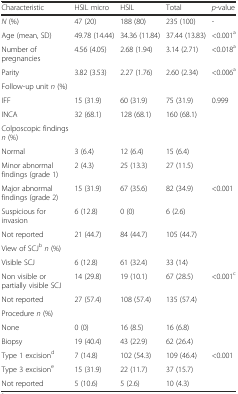
<table><thead><tr><td><b>Characteristic</b></td><td><b>HSIL micro</b></td><td><b>HSIL</b></td><td><b>Total</b></td><td><b><i>p</i>-value</b></td></tr></thead><tbody><tr><td><i>N</i> (%)</td><td>47 (20)</td><td>188 (80)</td><td>235 (100)</td><td>-</td></tr><tr><td>Age (mean, SD)</td><td>49.78 (14.44)</td><td>34.36 (11.84)</td><td>37.44 (13.83)</td><td>&lt;0.001<sup>a</sup></td></tr><tr><td>Number of pregnancies</td><td>4.56 (4.05)</td><td>2.68 (1.94)</td><td>3.14 (2.71)</td><td>&lt;0.018<sup>a</sup></td></tr><tr><td>Parity</td><td>3.82 (3.53)</td><td>2.27 (1.76)</td><td>2.60 (2.34)</td><td>&lt;0.006<sup>a</sup></td></tr><tr><td>Follow-up unit <i>n</i> (%)</td><td></td><td></td><td></td><td></td></tr><tr><td>IFF</td><td>15 (31.9)</td><td>60 (31.9)</td><td>75 (31.9)</td><td>0.999</td></tr><tr><td>INCA</td><td>32 (68.1)</td><td>128 (68.1)</td><td>160 (68.1)</td><td></td></tr><tr><td>Colposcopic findings <i>n</i> (%)</td><td></td><td></td><td></td><td></td></tr><tr><td>Normal</td><td>3 (6.4)</td><td>12 (6.4)</td><td>15 (6.4)</td><td></td></tr><tr><td>Minor abnormal findings (grade 1)</td><td>2 (4.3)</td><td>25 (13.3)</td><td>27 (11.5)</td><td></td></tr><tr><td>Major abnormal findings (grade 2)</td><td>15 (31.9)</td><td>67 (35.6)</td><td>82 (34.9)</td><td>&lt;0.001</td></tr><tr><td>Suspicious for invasion</td><td>6 (12.8)</td><td>0 (0)</td><td>6 (2.6)</td><td></td></tr><tr><td>Not reported</td><td>21 (44.7)</td><td>84 (44.7)</td><td>105 (44.7)</td><td></td></tr><tr><td>View of SCJ<sup>b</sup><i>n</i> (%)</td><td></td><td></td><td></td><td></td></tr><tr><td>Visible SCJ</td><td>6 (12.8)</td><td>61 (32.4)</td><td>33 (14)</td><td></td></tr><tr><td>Non visible or partially visible SCJ</td><td>14 (29.8)</td><td>19 (10.1)</td><td>67 (28.5)</td><td>&lt;0.001<sup>c</sup></td></tr><tr><td>Not reported</td><td>27 (57.4)</td><td>108 (57.4)</td><td>135 (57.4)</td><td></td></tr><tr><td>Procedure <i>n</i> (%)</td><td></td><td></td><td></td><td></td></tr><tr><td>None</td><td>0 (0)</td><td>16 (8.5)</td><td>16 (6.8)</td><td></td></tr><tr><td>Biopsy</td><td>19 (40.4)</td><td>43 (22.9)</td><td>62 (26.4)</td><td></td></tr><tr><td>Type 1 excision<sup>d</sup></td><td>7 (14.8)</td><td>102 (54.3)</td><td>109 (46.4)</td><td>&lt;0.001</td></tr><tr><td>Type 3 excision<sup>e</sup></td><td>15 (31.9)</td><td>22 (11.7)</td><td>37 (15.7)</td><td></td></tr><tr><td>Not reported</td><td>5 (10.6)</td><td>5 (2.6)</td><td>10 (4.3)</td><td></td></tr></tbody></table>